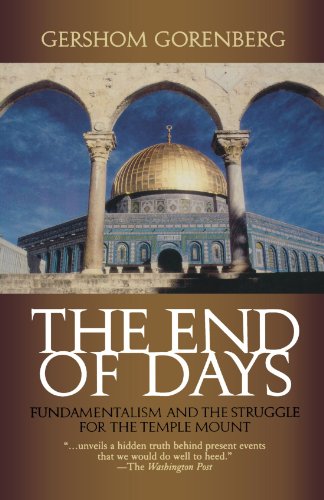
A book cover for The End of Days: Fundamentalism and the Struggle for the Temple Mount; Gershom Gorenberg; Christian Books & Bibles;